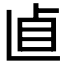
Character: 𠧡